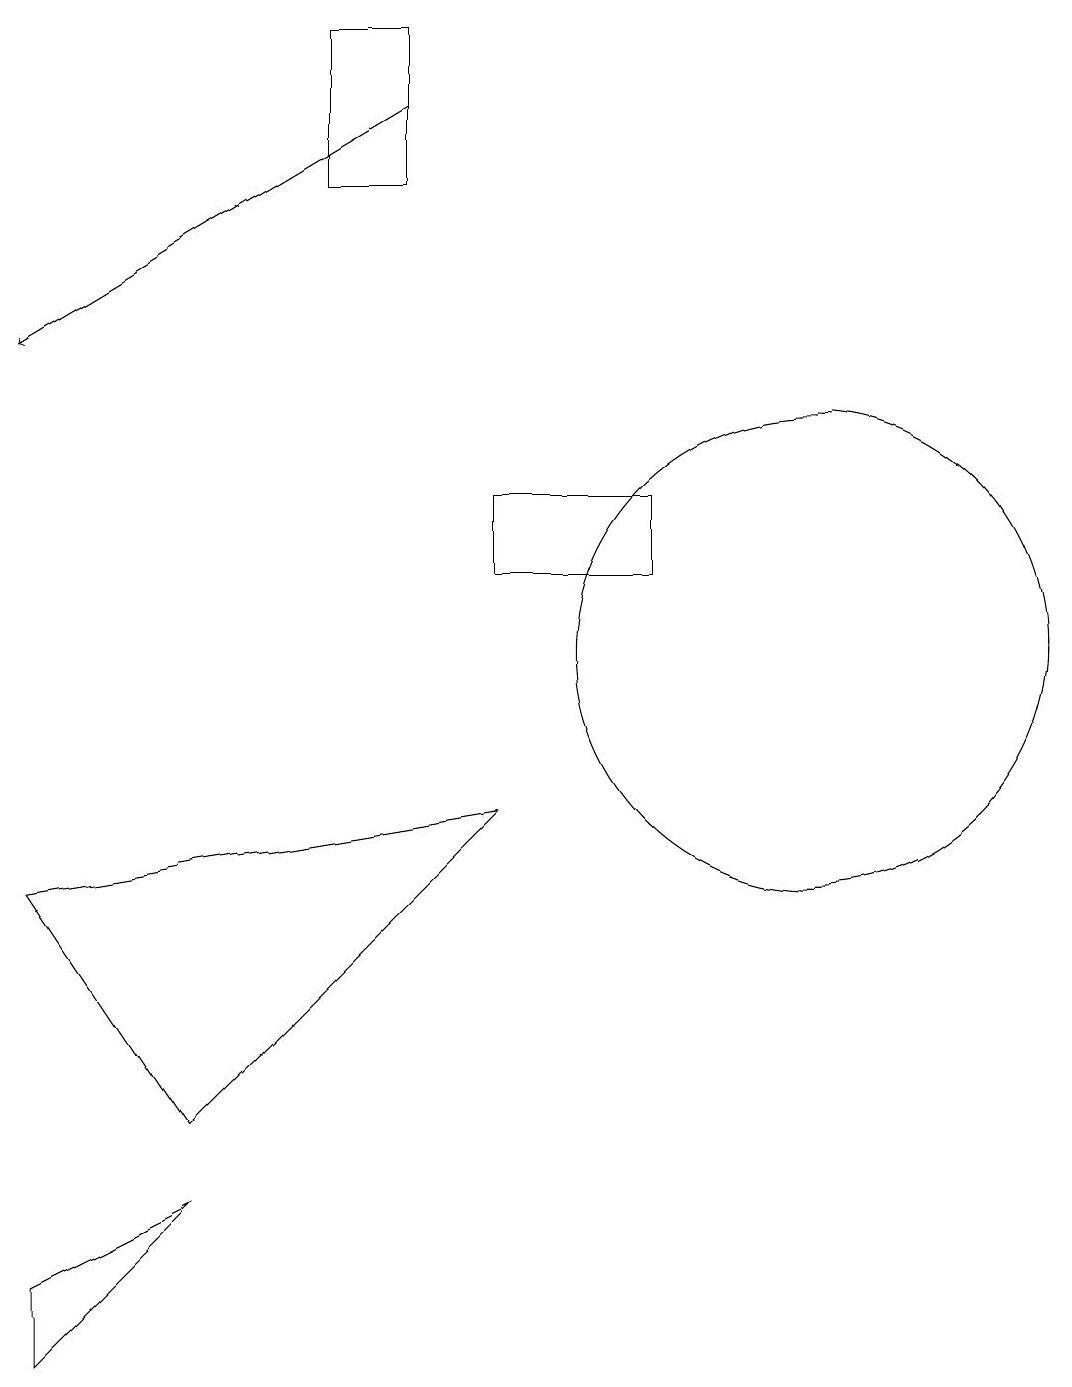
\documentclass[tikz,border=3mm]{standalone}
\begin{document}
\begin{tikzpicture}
\draw (3,5) -- (7,9) -- (1,8) -- cycle;
\draw (7,13) rectangle (9,12);
\draw[->] (6,18) -- (1,15);
\draw (3,4) -- (1,2) -- (1,3) -- cycle;
\draw (11,11) circle (3);
\draw (5,17) rectangle (6,19);
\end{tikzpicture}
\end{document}